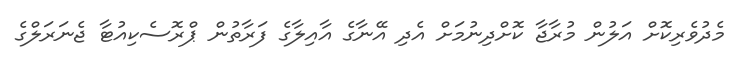
މެދުވެރިކޮށް އަލުން މުރާޖާ ކޮށްދިނުމަށް އެދި އޭނާގެ އާއިލާގެ ފަރާތުން ޕްރޮސެކިއުޓާ ޖެނަރަލްގެ